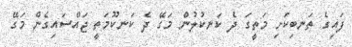
ފައިގެ ތަނބިކަށި މަތީގަ ދެ ކަނކުލުން މަގޭ ދެ ކަނކޫމަތީ ޖައްސައިގެން މަގޭ